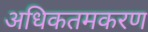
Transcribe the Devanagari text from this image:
अधिकतमकरण